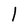
Character: 1